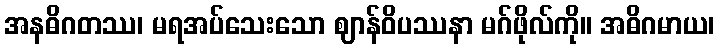
အနဓိဂတဿ၊ မရအပ်သေးသော ဈာန်ဝိပဿနာ မဂ်ဖိုလ်ကို။ အဓိဂမာယ၊